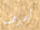
أعرف